Annual report on the Civil Veterinary Department, Burma (including the Insein Veterinary School) - 1910-1922
Year: 1910
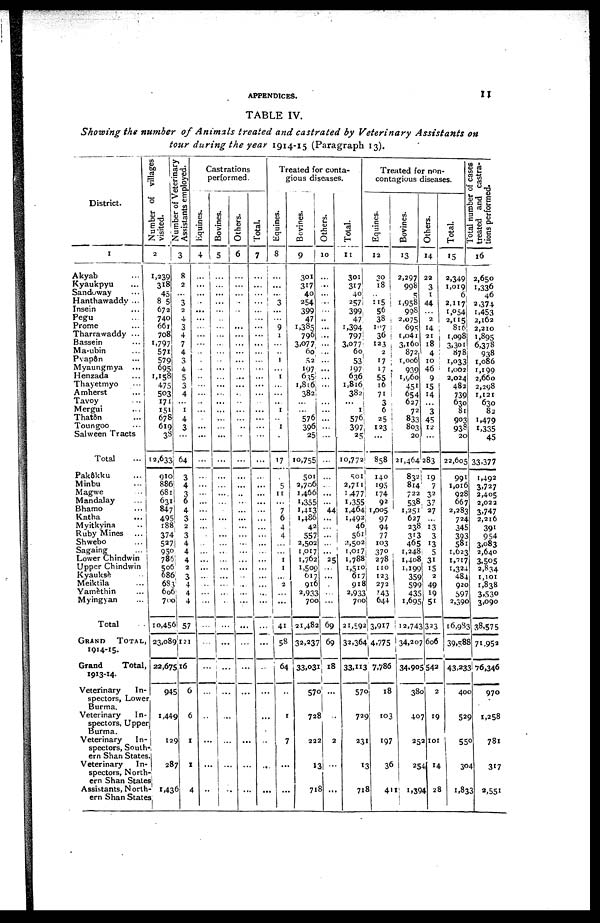
APPENDICES.
11
TABLE IV.
Showing the number of Animals treated and castrated by Veterinary Assistants on
tour during the year 1914-15 (Paragraph 13).
District.
1
Akyab ...
Kyaukpyu ...
Sandoway ...
Hanthawaddy ...
Insein ...
Pegu ...
Prome ...
Tharrawaddy ...
Bassein ...
Ma-ubin ...
Pvapôn ...
Myaungmya ...
Henzada ...
Thayetmyo ...
Amherst ...
Tavoy ...
Mergui ...
That&n
Toungoo ...
Salween Tracts
Total ...
Pakôkku ...
Minbu ...
Magwe ...
Mandalay ...
Bhamo ...
Katha ...
Myitkyina ...
Ruby Mines ...
Shwebo ...
Sagaing ...
Lower Chindwin
Upper Chindwin
Kyauksè ..
Meiktila ...
Yamèthin ...
Myingyan ...
Total . .
GRAND
TOTAL
1914-15.
Grand
Total
1913-14.
Veterinary
In-
spectors, Lower
Burma.
Veterinary
In-
spectors, Upper
Burma.
Veterinary
In-
spectors, South-
ern Shan States.
Veterinary
In
spectors, North-
ern Shan States
Assistants, North
ern Shan States
Number of villages
visited.
Number of Veterinary
Assistants employed.
2
1,239
318
45
8 5
672
740
66 x
708
1,797
571
579
095
1,158
475
503
171
151
678
619
38
12,633
910
886
681
631
847
495
188
374
527
950
786
506
686,
683
606
700
10,456
23,089
22,675
945
1,449
129
287
1,436
3
8
2
..
3
2
4
3
4
7
4
3
4
5
3
4
...
1
4
3
64
3
4
3
6
4
3
2
3
4
4
4
2
3
4
4
4
57
121
16
6
6
1
1
4
Castrations
performed.
Equines.
4
...
...
...
...
...
...
...
...
...
...
...
...
...
...
...
...
...
...
...
...
...
...
...
...
...
...
...
...
...
...
...
...
...
...
...
...
...
...
...
...
...
...
...
...
..
Bovines.
5
...
...
...
...
...
...
...
...
...
...
...
...
...
...
...
...
...
...
...
...
...
...
...
...
...
...
...
...
...
...
...
...
...
...
...
...
...
...
...
...
...
...
...
...
..
Others.
6
...
...
...
...
...
...
...
...
...
...
...
...
...
...
...
...
...
...
..
...
...
...
...
..
...
...
...
...
...
...
...
...
...
...
...
...
...
...
...
...
...
...
...
Total.
7
...
...
... ...
...
...
...
...
...
...
...
...
...
...
...
...
...
...
...
...
...
...
...
...
...
...
...
...
...
...
...
...
...
...
...
...
...
...
...
...
...
..
...
...
Treated for conta-
gious diseases.
Equines.
8
...
...
...
3
...
...
9
1
...
...
1
...
1
...
...
...
1
...
1
...
17
...
5
11
...
7
6
4
4
...
...
1
1
...
2
...
...
41
58
64
1
7
...
...
Bovines.
9
301
317
40
254
399
47
1,385
796
3,077
60
52
197
635
1,816
382
...
...
576
396
25
10,755
501
2,706
1,466
1,355
1,413
1,486
42
557
2,502
1,017
1,762
1,509
617
916
2,933
700
21,482
32,237
33,031
570
728
222
13
718
Others.
10
...
...
...
...
...
...
...
...
...
...
...
...
...
...
...
...
...
...
...
...
...
...
...
...
...
44
...
...
...
...
...
25
...
...
...
...
...
69
69
18
...
..
2
...
...
Total.
11
301
317
40
257
399
47
1,394
797
3,077
60
53
197
636
1,816
382
...
1
576
397
25
10,772
501
2,711
1,477
1,355
1,464
1,492
46
561
2,502
1,017
1,788
1,510
617
918
2,933
700
21,592
132,364
33,113
570
729
23
13
718
Treated for non-
contagious diseases.
Equines.
12
30
18
..
115
56
38
107
36
123
2
17
17
55
16
71
3
6
25
123
...
858
140
195
174
92
1,005
97
94
77
103
370
278
110
123
272
143
644
3,917
4,775
7,786
18
103
197
36
411
Bovines.
13
2,297
998
5
1,958
998
2,075
695
1,041
3,160
872
1,006
939
1,960
451
654
627
72
833
803
20
21,464
832
814
722
538
1,251
627
238
313
465
1,248
1,408
1,199
359
599
435
1,695
12,743
34,207
34,905
380
407
252
254
1,394
Others.
14
22
3
1
44
...
2
14
21
18
4
10
46
9
15
14
...
3
45
12
...
283
19
7
32
37
27
...
13
3
13
5
31
15
2
49
19
51
323
606
542
2
19
101
14
4. 28
Total.
15
2,349
1,019
6
2,117
1,054
2,115
816
1,098
3,301
878
1,033
1,002
2,024
482
739
630
81
903
938
20
22,605
99
Total number of cases
treated and castra-
tions performed.
16
2,650
1,336
46
2,374
1,453
2,162
2,210
1,895
6,378
938
1,086
1,199
2,660
2,298
1,121
630
82
1,479
1,335
45
33,377
1,016
928
667
2,283
724
345
393
581
1,623
1,717 1
1,324
484
920
597
2,390
16,933
39,588
43,233
400
529
550
304
1,833
1,492
3,727
2,405
2,022
3,747
2,216
391
954
3,083
2,640
3,505
2,834
1,101
1,838
3,530
3,090
38,575
71,952
76,346
970
1,258
781
317
2,551